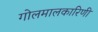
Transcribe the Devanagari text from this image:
गोलमालकारिणी